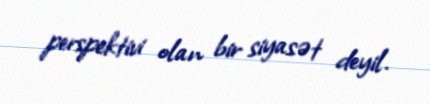
perspektivi olan bir siyasət deyil.